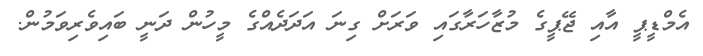
އެމްޑީޕީ އާއި ޖޭޕީގެ މުޒާހަރާގައި ވަރަށް ގިނަ އަދަދެއްގެ މީހުން ދަނީ ބައިވެރިވަމުން.